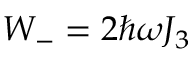
W _ { - } = 2 \hbar \omega J _ { 3 }